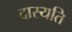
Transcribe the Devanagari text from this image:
दास्यति